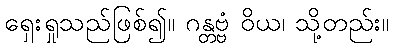
ရှေးရှုသည်ဖြစ်၍။ ဂန္တဗ္ဗံ ဝိယ၊ သို့တည်း။